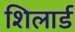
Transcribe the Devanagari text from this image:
शिलार्ड